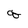
Character: q